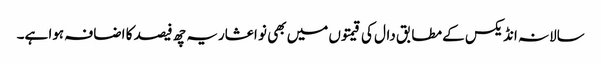
سالانہ انڈیکس کے مطابق دال کی قیمتوں میں بھی نو اعشاریہ چھ فیصد کا اضافہ ہوا ہے۔